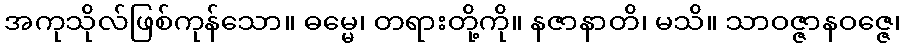
အကုသိုလ်ဖြစ်ကုန်သော။ ဓမ္မေ၊ တရားတို့ကို။ နဇာနာတိ၊ မသိ။ သာဝဇ္ဇာနဝဇ္ဇေ၊